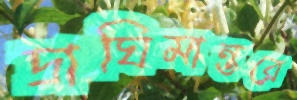
দ্রাঘিমান্তরে